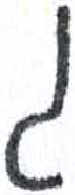
אות: ג